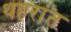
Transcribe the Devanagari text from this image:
थहरांत